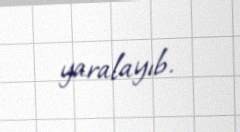
yaralayıb.